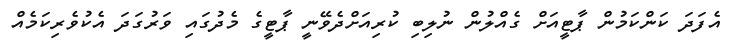
އެފަދަ ކަންކަމުން ޕާޓީއަށް ގެއްލުން ނުލިބި ކުރިއަށްދެވޭނީ ޕާޓީގެ މެދުގައި ވަރުގަދަ އެކުވެރިކަމެއް